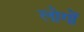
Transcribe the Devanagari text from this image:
लोगोें